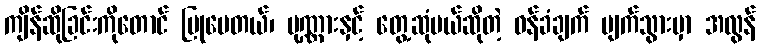
ကျိန်ဆိုခြင်းကိုတောင် ပြုပေတယ်၊ ပုဏ္ဏားနှင့် တွေ့ဆုံမယ်ဆိုတဲ့ ဝန်ခံချက် ပျက်သွားမှာ အလွန်